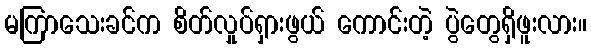
မကြာသေးခင်က စိတ်လှုပ်ရှားဖွယ် ကောင်းတဲ့ ပွဲတွေရှိဖူးလား။